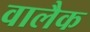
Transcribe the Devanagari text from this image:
वालैक